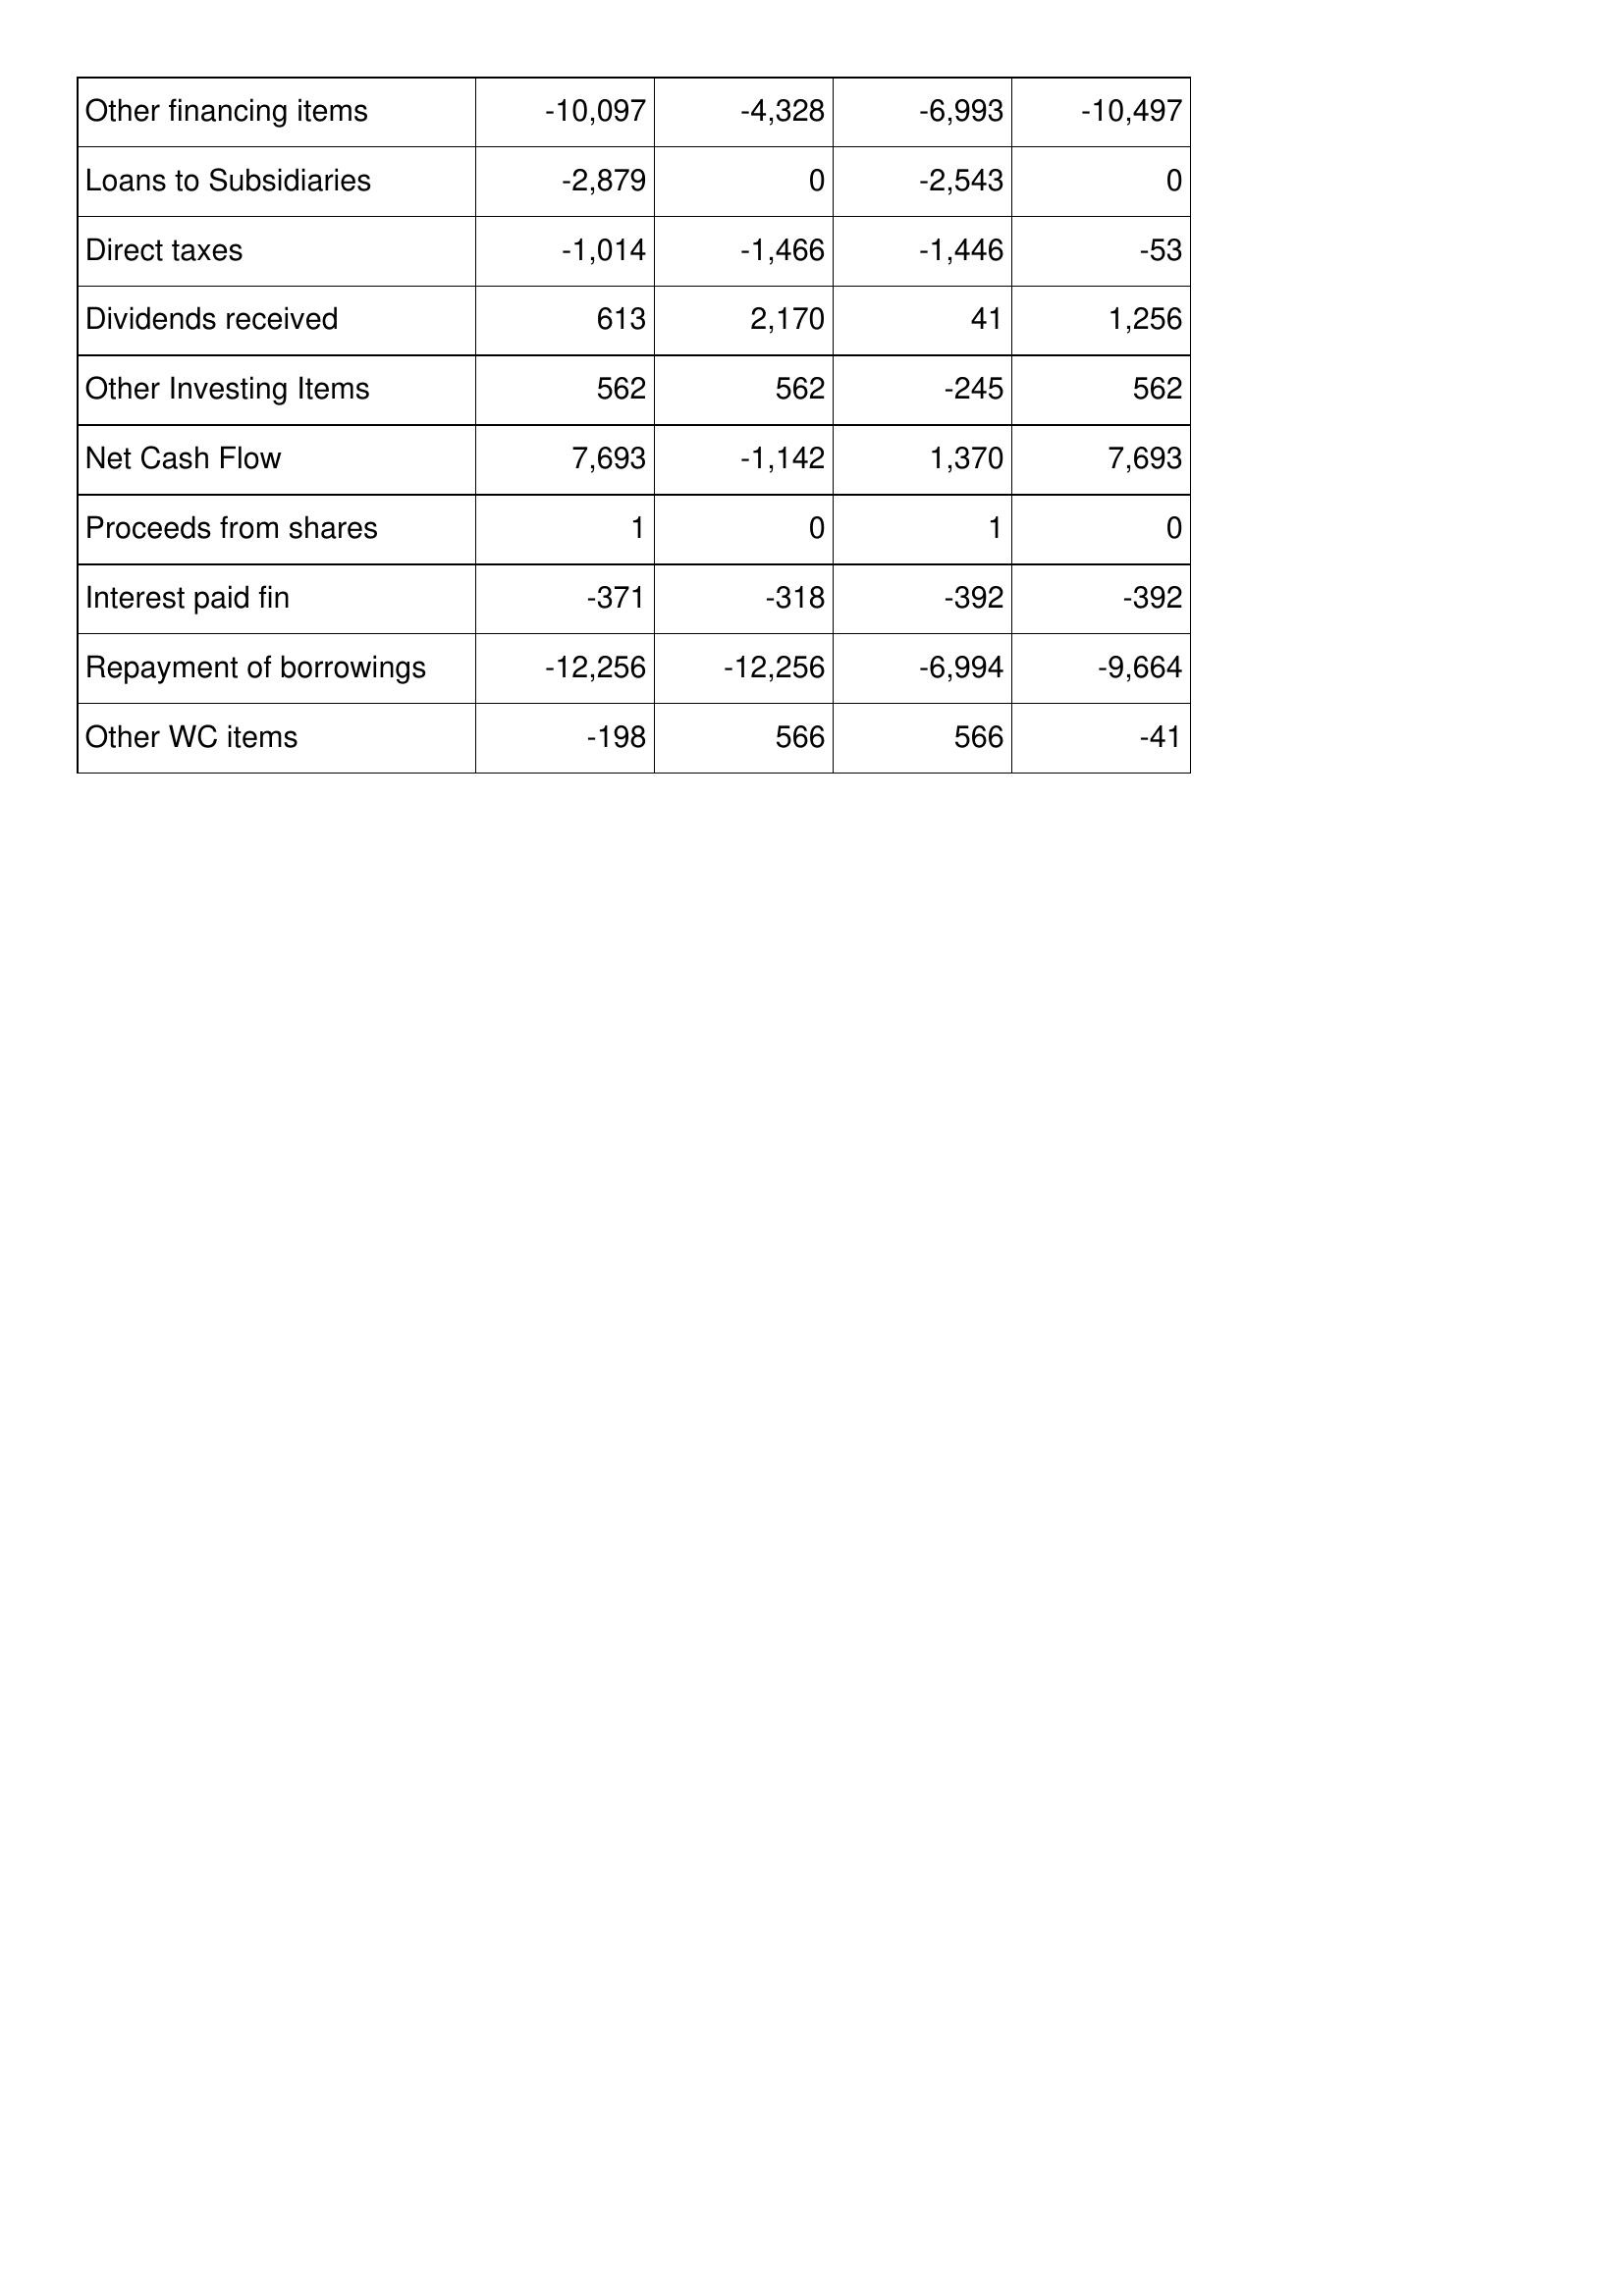
Feb-19: Cash Flows: Other financing items: -10,097
Loans to Subsidiaries: -2,879
Direct taxes: -1,014
Dividends received: 613
Other Investing Items: 562
Net Cash Flow: 7,693
Proceeds from shares: 1
Interest paid fin: -371
Repayment of borrowings: -12,256
Other WC items: -198
Feb-18: Cash Flows: Other financing items: -4,328
Loans to Subsidiaries: 0
Direct taxes: -1,466
Dividends received: 2,170
Other Investing Items: 562
Net Cash Flow: -1,142
Proceeds from shares: 0
Interest paid fin: -318
Repayment of borrowings: -12,256
Other WC items: 566
Feb-17: Cash Flows: Other financing items: -6,993
Loans to Subsidiaries: -2,543
Direct taxes: -1,446
Dividends received: 41
Other Investing Items: -245
Net Cash Flow: 1,370
Proceeds from shares: 1
Interest paid fin: -392
Repayment of borrowings: -6,994
Other WC items: 566
Feb-16: Cash Flows: Other financing items: -10,497
Loans to Subsidiaries: 0
Direct taxes: -53
Dividends received: 1,256
Other Investing Items: 562
Net Cash Flow: 7,693
Proceeds from shares: 0
Interest paid fin: -392
Repayment of borrowings: -9,664
Other WC items: -41